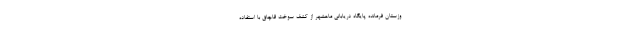
وزستان فرمانده پایگاه دریابانی ماهشهر از کشف سوخت قاچاق با استفاده